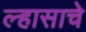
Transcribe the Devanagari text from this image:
ल्हासाचे